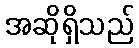
အဆိုရှိသည်